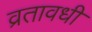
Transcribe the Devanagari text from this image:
व्रतावधी